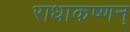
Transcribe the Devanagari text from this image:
राधाकष्णन्